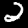
Label: 2